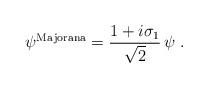
LaTeX: \begin{align*}\psi^{\rm Majorana} =\frac{1+i\sigma_1}{\sqrt{2}}\, \psi\;.\end{align*}